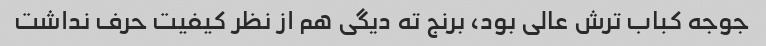
جوجه کباب ترش عالی بود، برنج ته دیگی هم از نظر کیفیت حرف نداشت